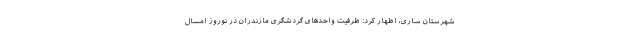
شهرستان ساری، اظهار کرد: ظرفیت واحدهای گردشگری مازندران در نوروز امسال